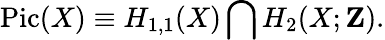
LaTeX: \mathrm{Pic}(X)\equiv H_{1,1}(X)\bigcap H_{2}(X;{\mathbf Z}).